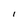
Character: I